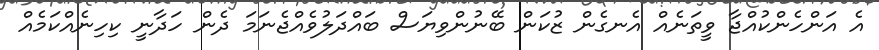
އެ އަންހެންކުއްޖާ ވީތަނެއް އެނގެން ޒުކަން ބޭނުންވިޔަސް ބައްދަލުވެއްޖެނަމަ ދެން ހަދާނީ ކިހިނެއްކަމެއް